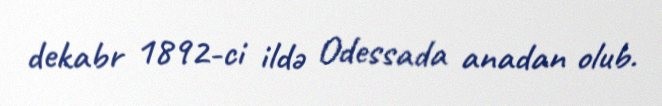
dekabr 1892-ci ildə Odessada anadan olub.